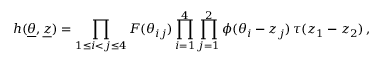
h ( \underline { { { \theta } } } , { \underline { { { z } } } } ) = \prod _ { 1 \le i < j \le 4 } F ( \theta _ { i j } ) \prod _ { i = 1 } ^ { 4 } \prod _ { j = 1 } ^ { 2 } \phi ( \theta _ { i } - z _ { j } ) \, \tau ( z _ { 1 } - z _ { 2 } ) \, ,